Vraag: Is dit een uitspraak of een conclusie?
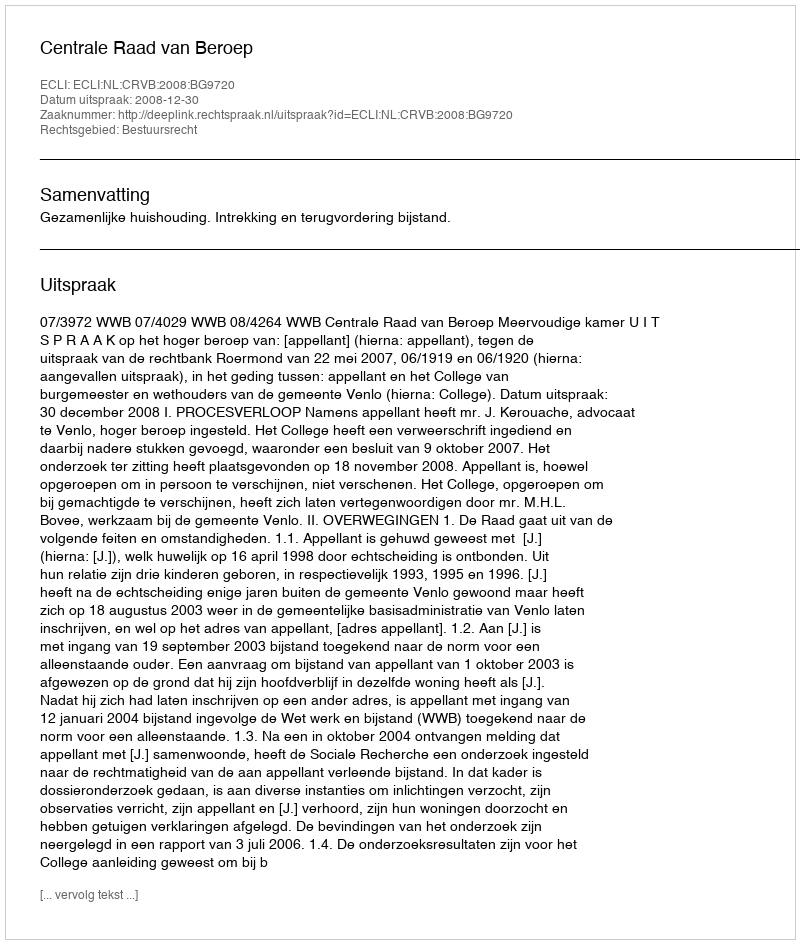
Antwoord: Uitspraak